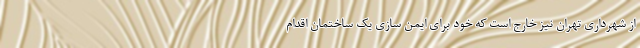
از شهرداری تهران نیز خارج است که خود برای ایمن سازی یک ساختمان اقدام